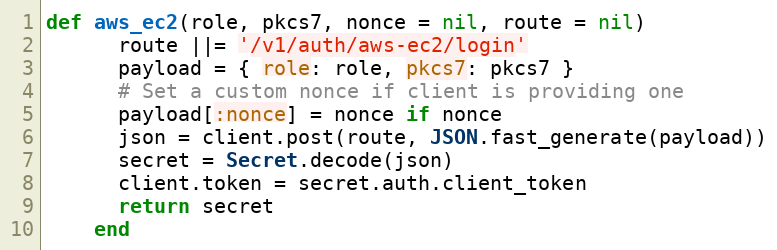
Language: Ruby
def aws_ec2(role, pkcs7, nonce = nil, route = nil)
      route ||= '/v1/auth/aws-ec2/login'
      payload = { role: role, pkcs7: pkcs7 }
      # Set a custom nonce if client is providing one
      payload[:nonce] = nonce if nonce
      json = client.post(route, JSON.fast_generate(payload))
      secret = Secret.decode(json)
      client.token = secret.auth.client_token
      return secret
    end